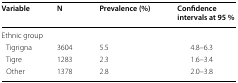
| Variable | N | Prevalence (%) | Confidence intervals at 95 % |
 | --- | --- | --- | --- |
 | <COLSPAN=4> Ethnic group |
 | Tigrigna | 3604 | 5.5 | 4.8–6.3 |
 | Tigre | 1283 | 2.3 | 1.6–3.4 |
 | Other | 1378 | 2.8 | 2.0–3.8 |